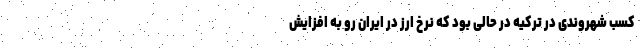
کسب شهروندی در ترکیه در حالی بود که نرخ ارز در ایران رو به افزایش